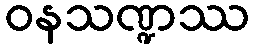
ဝနသဏ္ဍဿ